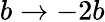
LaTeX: b\rightarrow-2b